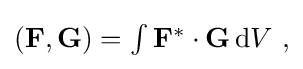
{\textstyle (\mathbf {F} ,\mathbf {G} )=\int \mathbf {F} ^{*}\cdot \mathbf {G} \,\mathrm {d} V\ ,}